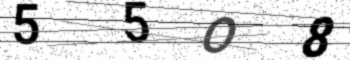
Text: 55O8